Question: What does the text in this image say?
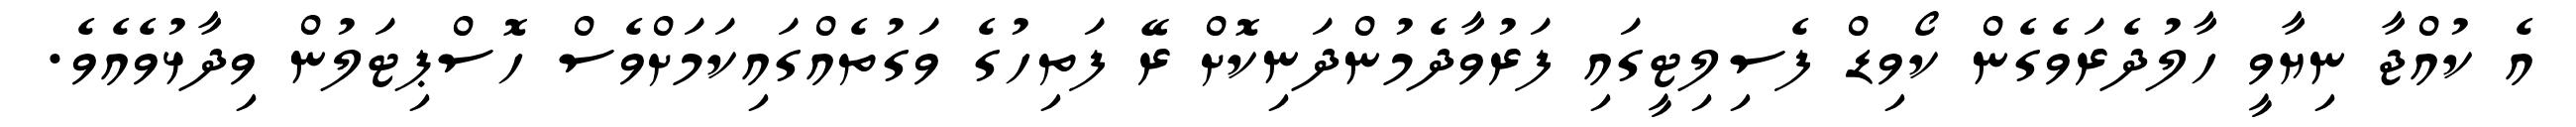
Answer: އެ ކުއްޖާ ނިޔާވީ ހާލުދެރަވެގެން ކޯވިޑް ފެސިލިޓީގައި ފަރުވާދެމުންދަނިކޮށް ރޭ ފަތިހުގެ ވަގުތެއްގައިކަމަށްވެސް ހޮސްޕިޓަލުން ވިދާޅުވެއެވެ.